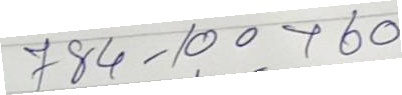
784 - 100 + 60